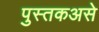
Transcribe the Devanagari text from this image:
पुस्तकअसे